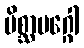
မိစ္ဆာမဂ္ဂေါ